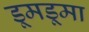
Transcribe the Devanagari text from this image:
डूमडूमा